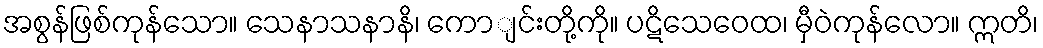
အစွန်ဖြစ်ကုန်သော။ သေနာသနာနိ၊ ကောျင်းတို့ကို။ ပဋိသေဝေထ၊ မှီဝဲကုန်လော။ ဣတိ၊